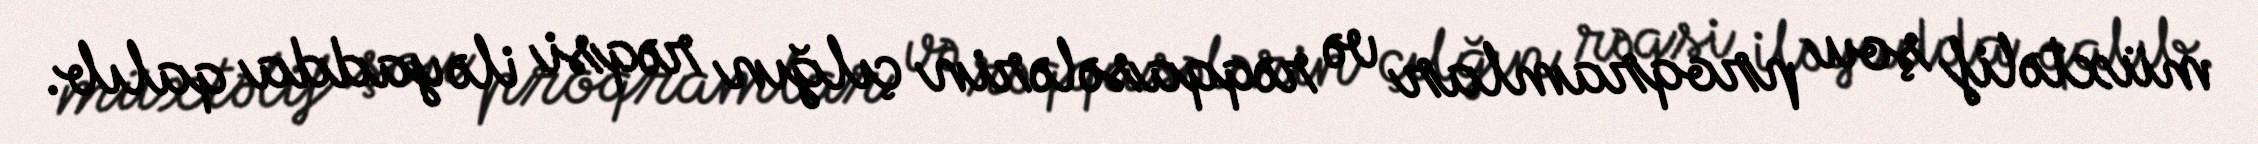
müxtəlif şou proqramlar və rəqqasələrin çılğın rəqsi ilə yadda qalıb.